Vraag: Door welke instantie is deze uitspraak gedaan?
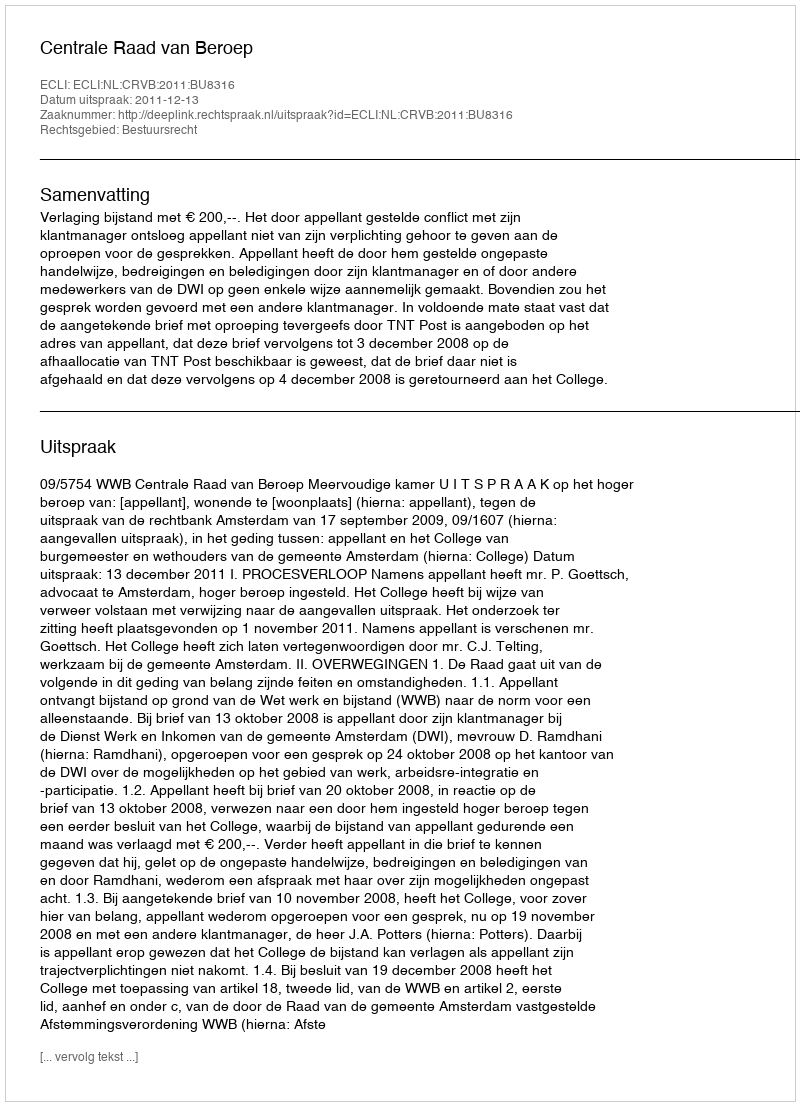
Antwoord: Centrale Raad van Beroep